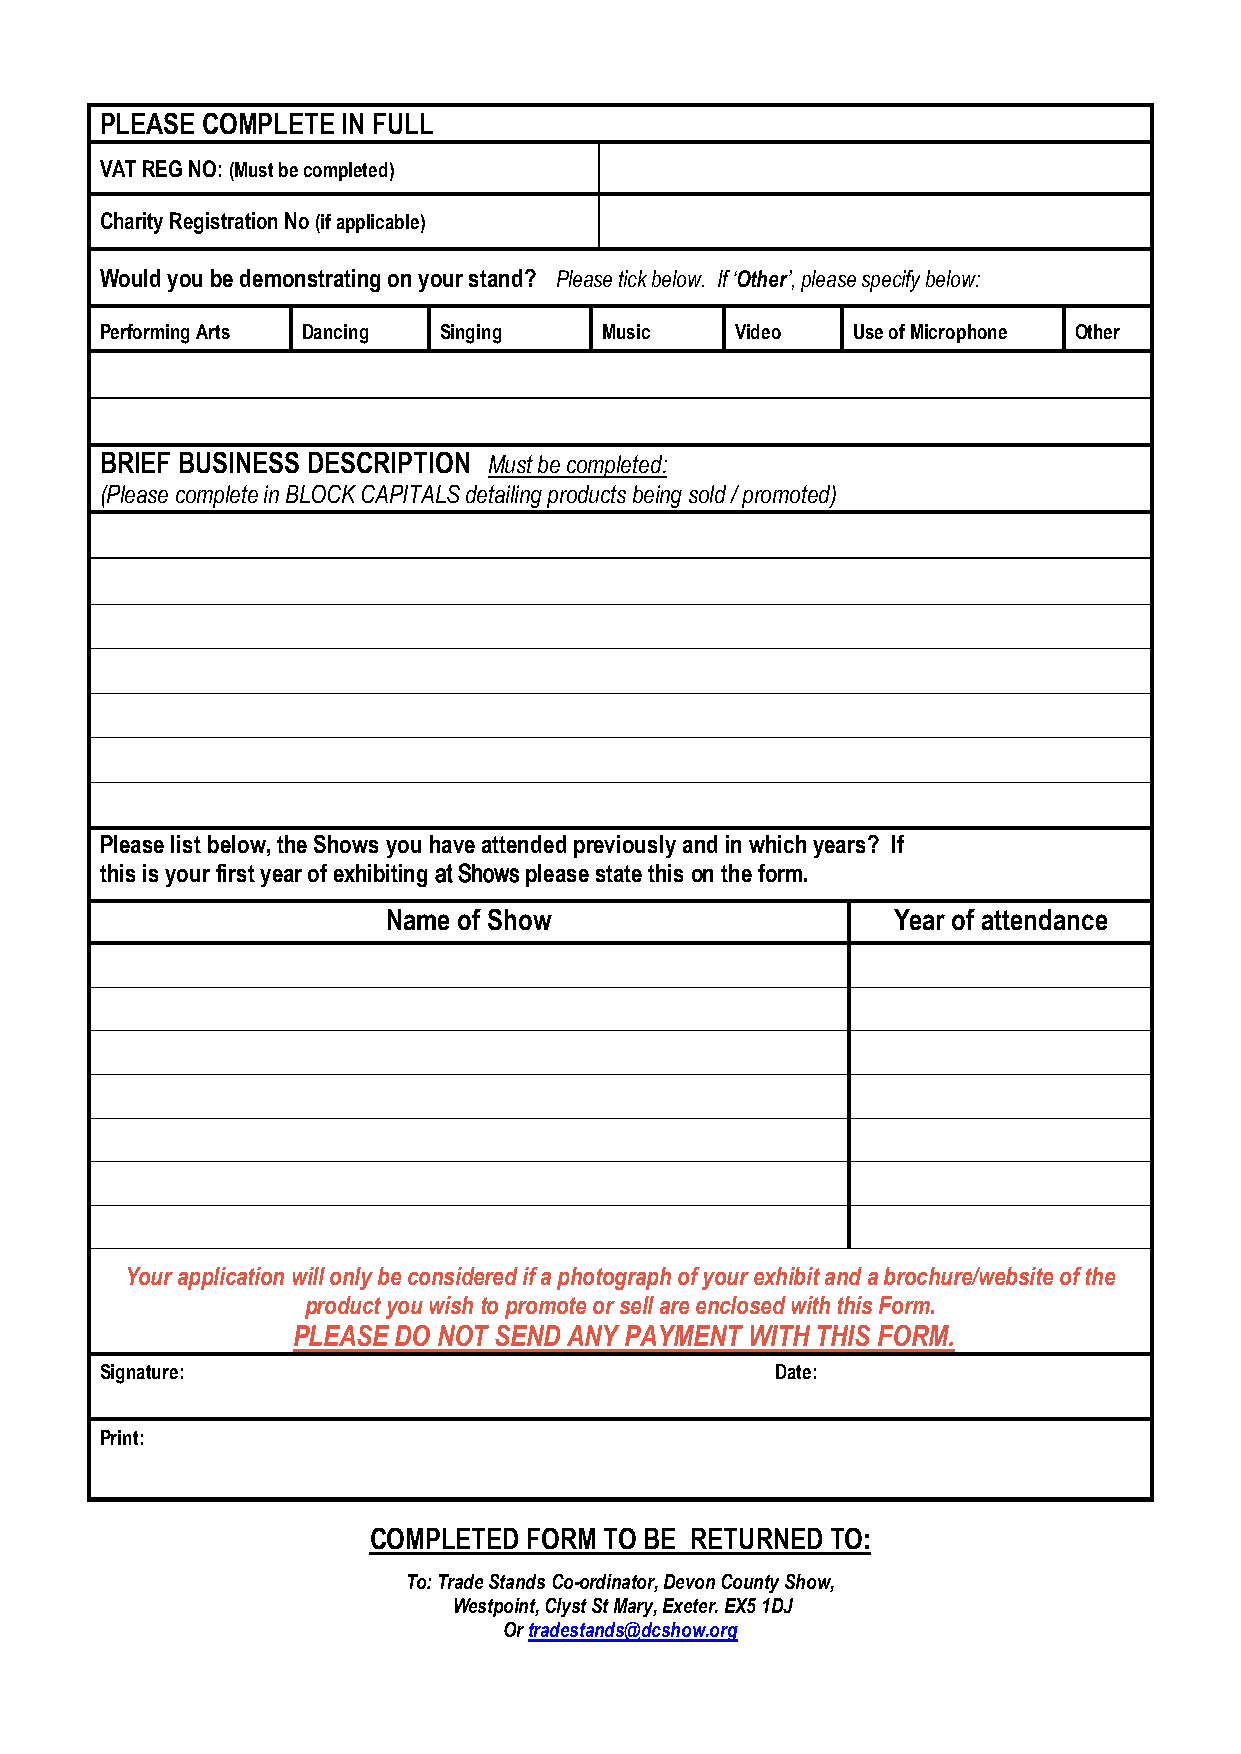
PLEASE COMPLETE IN FULL
 VAT REG NO: (Must be completed)
 Charity Registration No (if applicable)
 Would you be demonstrating on your stand? Please tick below. If ‘Other’, please specify below:
 Performing Arts Dancing Singing  Music    Video  Use of Microphone Other
 BRIEF BUSINESS DESCRIPTION Must be completed:
 (Please complete in BLOCK CAPITALS detailing products being sold / promoted)
 Please list below, the Shows you have attended previously and in which years? If
 this is your first year of exhibiting at Shows please state this on the form.
 Name of Show                     Year of attendance
 Your application will only be considered if a photograph of your exhibit and a brochure/website of the
 product you wish to promote or sell are enclosed with this Form.
 PLEASE DO NOT SEND ANY PAYMENT WITH THIS FORM.
 Signature:                                  Date:
 Print:
 COMPLETED  FORM TO BE RETURNED TO:
 To: Trade Stands Co-ordinator, Devon County Show,
 Westpoint, Clyst St Mary, Exeter. EX5 1DJ
 Or tradestands@dcshow.org